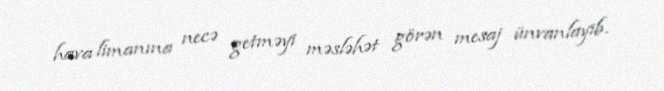
hava limanına necə getməyi məsləhət görən mesaj ünvanlayıb.